Indian Civil Veterinary Department memoirs
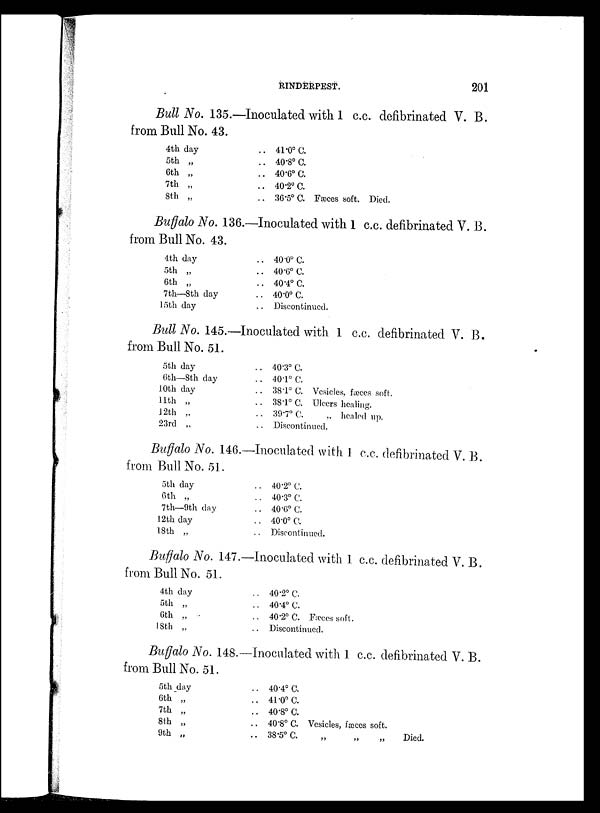
RINDERPEST.
201
Bull No. 135.—Inoculated with 1 c.c. defibrinated V. B.
from Bull No. 43.
4th day
5th „
6th „
7th „
8th „
.. 41.0º C.
.. 40.8º C.
.. 40.6º 0.
.. 40.2º C.
.. 36.5º C. Fæces soft. Died.
Buffalo No. 136.—Inoculated with 1 c.c. defibrinated V. B.
from Bull No. 43.
4th day
5th „
6th „
7th—8th day
15th day
.. 40.0º C.
.. 40.6º C.
.. 40.4º C.
.. 40.0º C.
.. Discontinued.
Bull No. 145.—Inoculated with 1 c.c. defibrinated V. B.
from Bull No. 51.
5th day
6th—8th day
10th day
11th „
12th „
23rd „
.. 40.3º C.
.. 40.1º C.
. . 38.1º C. Vesicles, fæces soft.
.. 38.1º C. Ulcers healing.
.. 39.7º C.
„ healed up.
.. Discontinued.
Buffalo No. 146.—Inoculated with 1 c.c. defibrinated V. B.
from Bull No. 51.
5th day
6th „
7th—9th day
12th clay
18th „
.. 40.2º C.
.. 40.3º C.
.. 40.6º C.
.. 40.0º C.
.. Discontinued
Buffalo No. 147.—Inoculated with 1 c.c. defibrinated V. B.
from Bull No. 51.
4th day
5th „
6th „
18th „
.. 40.2º C.
.. 40.4º C.
.. 40.2º C. Fæces soft.
.. Discontinued.
Buffalo No. 148.—Inoculated with 1 c.c. defibrinated V. B.
from Bull No. 51.
5th day
6th „
7th „
8th „
9th „
.. 40.4º C.
.. 41.0º C.
.. 40.8º C.
.. 40.8º C. Vesicles, fæces soft.
.. 38.5º C.
„
„
„
Died.